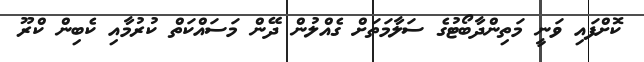
ކޮށްފައި ވަނީ މަތިންދާބޯޓުގެ ސަލާމަތަށް ގެއްލުން ދޭން މަސައްކަތް ކުރުމާއި ކެބިން ކްރޫ